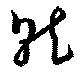
就